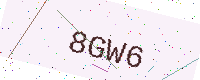
Text: 8GW6